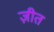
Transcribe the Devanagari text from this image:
ज़ीत